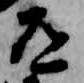
道